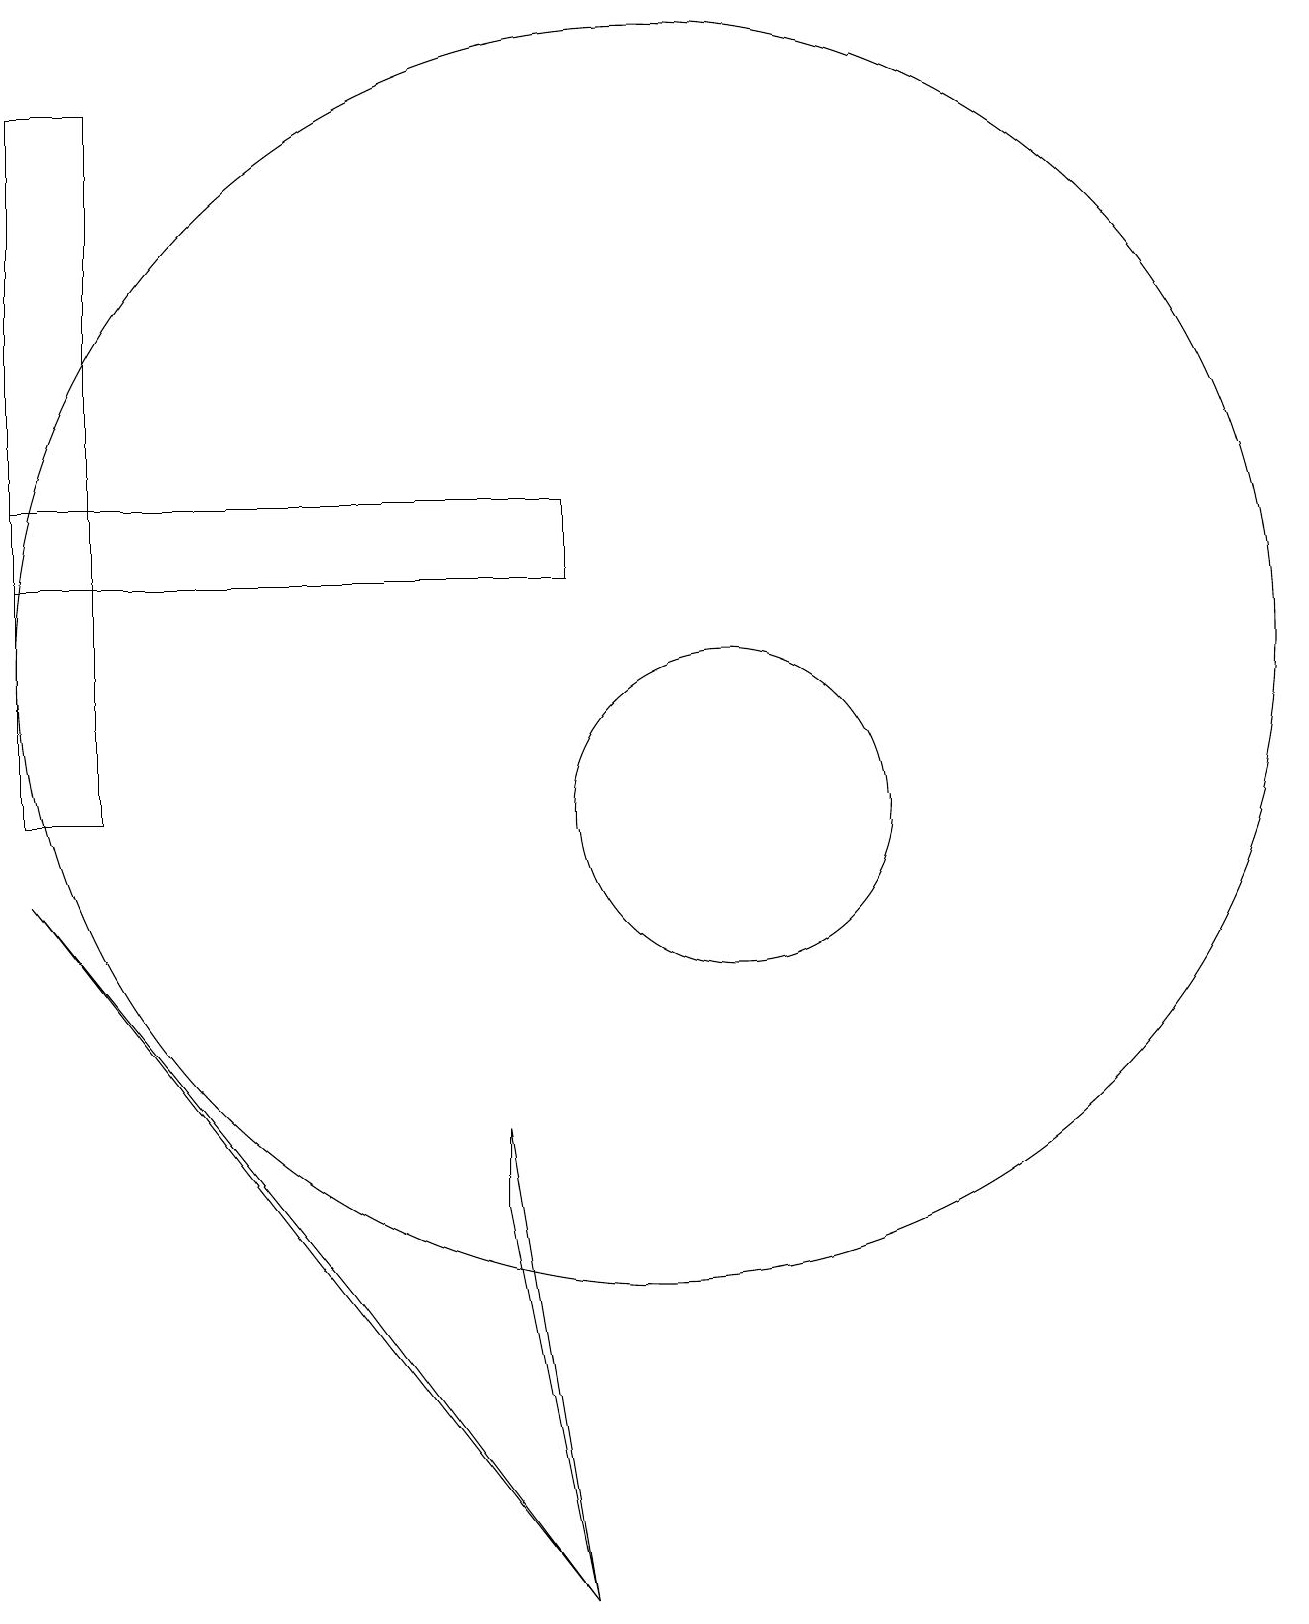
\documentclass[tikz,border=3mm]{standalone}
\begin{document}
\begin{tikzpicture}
\draw (11,10) circle (2);
\draw (2,10) rectangle (3,19);
\draw (9,14) rectangle (2,13);
\draw (2,9) -- (9,0) -- (6,4) -- cycle;
\draw (10,12) circle (8);
\draw (8,6) -- (8,5) -- (9,0) -- cycle;
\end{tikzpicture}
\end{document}